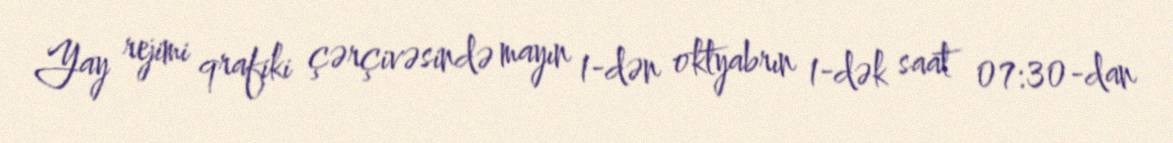
Yay rejimi qrafiki çərçivəsində mayın 1-dən oktyabrın 1-dək saat 07:30-dan